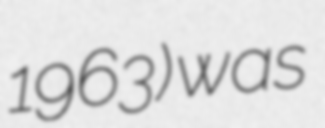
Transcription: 1963) was